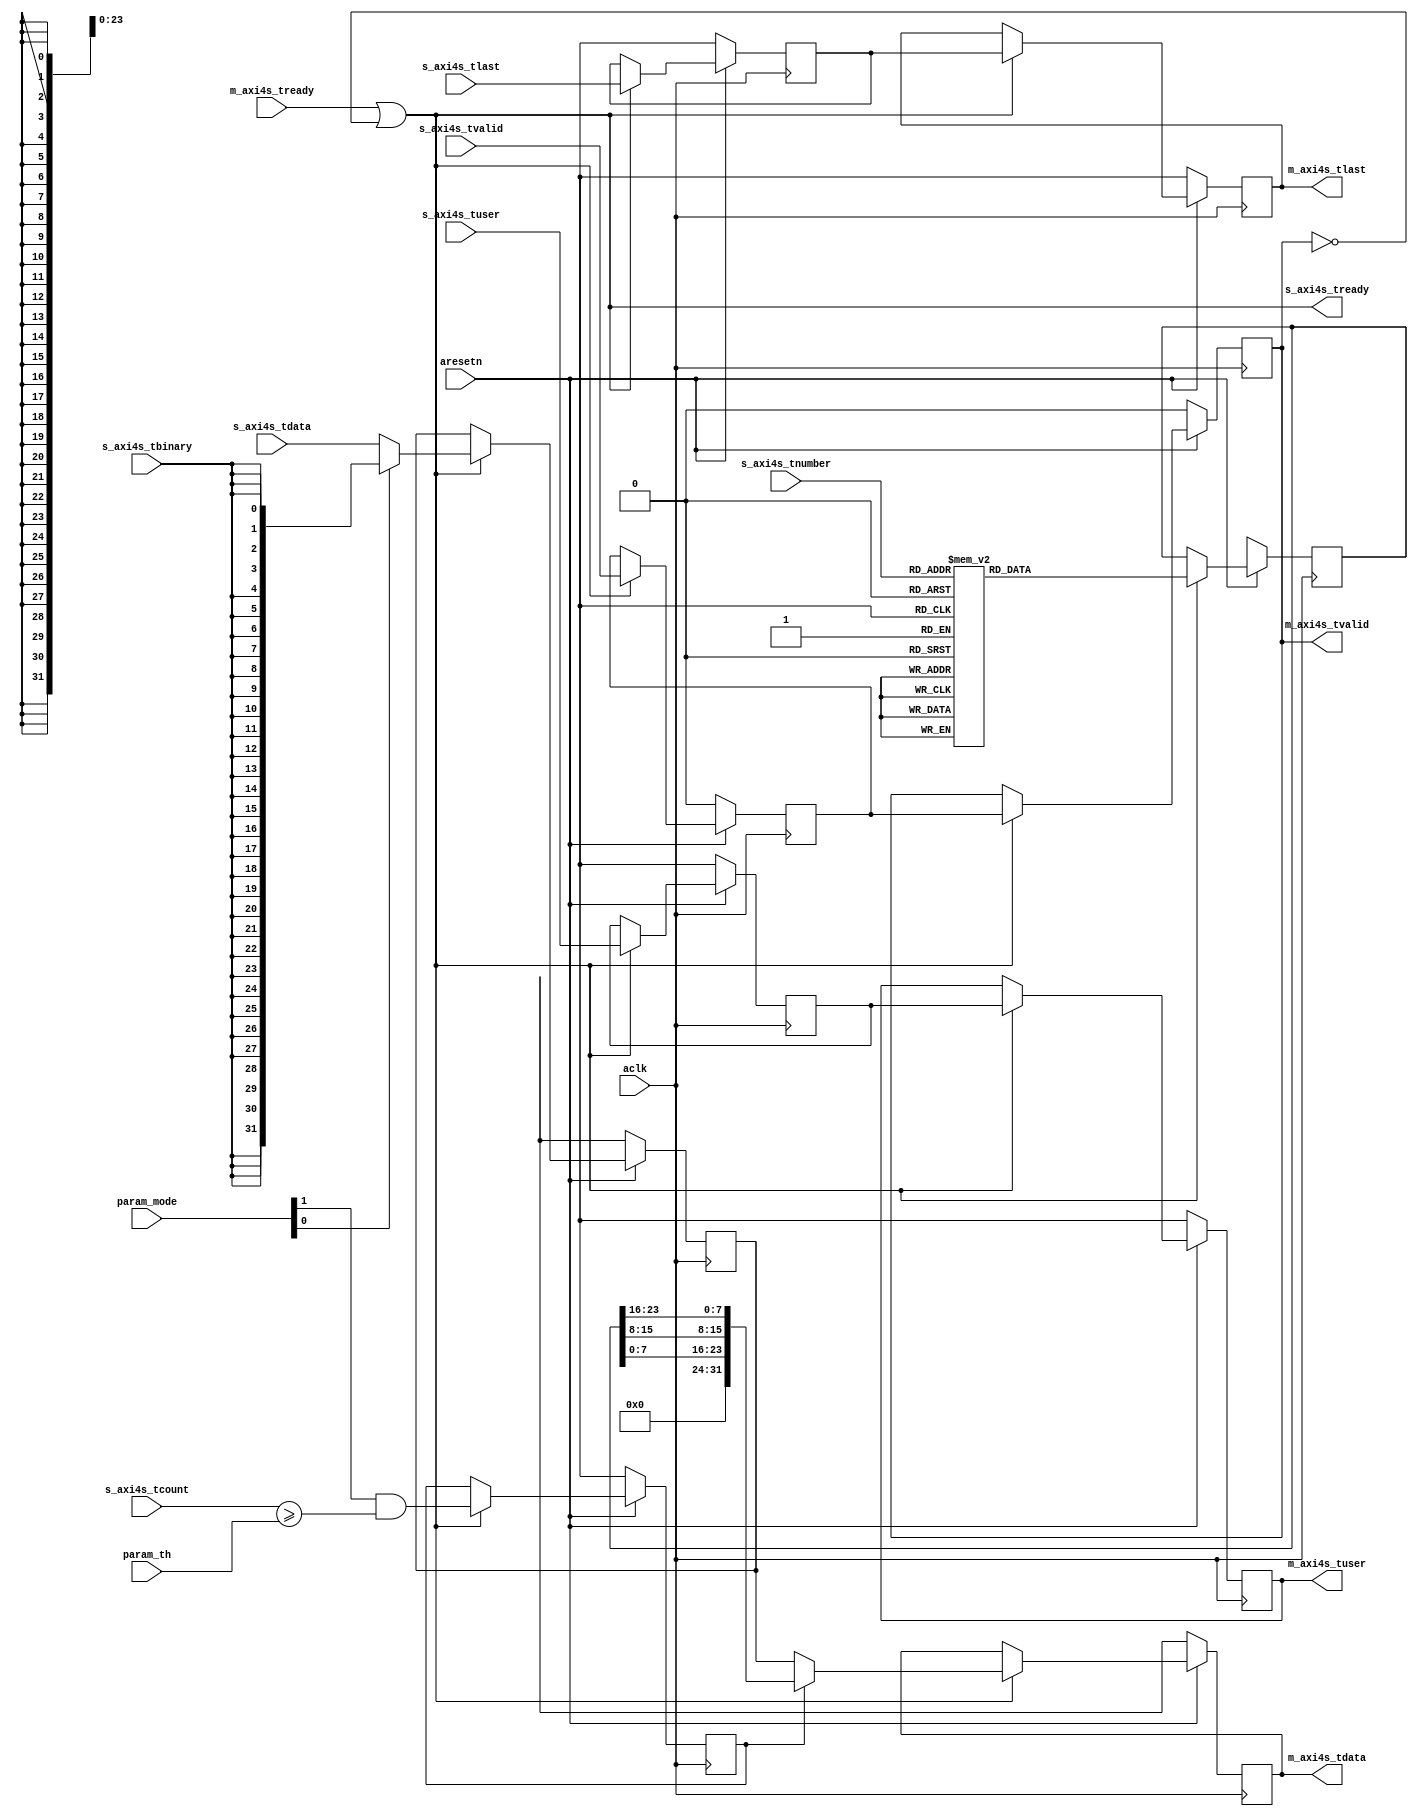
// This program was cloned from: https://github.com/ryuz/jelly
// License: MIT License

// ---------------------------------------------------------------------------
//  Jelly  -- the soft-core processor system
//   math
//
//                                 Copyright (C) 2008-2018 by Ryuz
//                                 https://github.com/ryuz/jelly.git
// ---------------------------------------------------------------------------



`timescale 1ns / 1ps
`default_nettype none


module video_mnist_color_core
		#(
			parameter	DATA_WIDTH  = 8,
			parameter	TUSER_WIDTH = 1,
			parameter	TDATA_WIDTH = 4*DATA_WIDTH
		)
		(
			input	wire						aresetn,
			input	wire						aclk,
			
			input	wire	[1:0]				param_mode,
			input	wire	[1:0]				param_th,
			
			input	wire	[TUSER_WIDTH-1:0]	s_axi4s_tuser,
			input	wire						s_axi4s_tlast,
			input	wire	[3:0]				s_axi4s_tnumber,
			input	wire	[1:0]				s_axi4s_tcount,
			input	wire	[TDATA_WIDTH-1:0]	s_axi4s_tdata,
			input	wire	[0:0]				s_axi4s_tbinary,
			input	wire						s_axi4s_tvalid,
			output	wire						s_axi4s_tready,
			
			output	wire	[TUSER_WIDTH-1:0]	m_axi4s_tuser,
			output	wire						m_axi4s_tlast,
			output	wire	[TDATA_WIDTH-1:0]	m_axi4s_tdata,
			output	wire						m_axi4s_tvalid,
			input	wire						m_axi4s_tready
		);
	
	
	reg		[TUSER_WIDTH-1:0]		st0_user;
	reg								st0_last;
	reg		[TDATA_WIDTH-1:0]		st0_data;
	reg								st0_en;
	reg		[23:0]					st0_color;
	reg								st0_valid;
	
	reg		[TUSER_WIDTH-1:0]		st1_user;
	reg								st1_last;
	reg		[TDATA_WIDTH-1:0]		st1_data;
	reg								st1_valid;
	
	always @(posedge aclk) begin
		if ( ~aresetn ) begin
			st0_user   <= {TUSER_WIDTH{1'bx}};
			st0_last   <= 1'bx;
			st0_data   <= {TDATA_WIDTH{1'bx}};
			st0_en     <= 1'bx;
			st0_color  <= 24'hxx_xx_xx;
			st0_valid  <= 1'b0;
			
			st1_user   <= {TUSER_WIDTH{1'bx}};
			st1_last   <= 1'bx;
			st1_data   <= {TDATA_WIDTH{1'bx}};
			st1_valid  <= 1'b0;
		end
		else if ( s_axi4s_tready ) begin
			st0_user   <= s_axi4s_tuser;
			st0_last   <= s_axi4s_tlast;
			st0_data   <= param_mode[0] ? {TDATA_WIDTH{s_axi4s_tbinary}} : s_axi4s_tdata;
			st0_en     <= (param_mode[1] && (s_axi4s_tcount >= param_th));
			case ( s_axi4s_tnumber )
			4'd0:		st0_color <= 24'h00_00_00;	// 
			4'd1:		st0_color <= 24'h00_00_80;	// 
			4'd2:		st0_color <= 24'h00_00_ff;	// 
			4'd3:		st0_color <= 24'h4c_b7_ff;	// 
			4'd4:		st0_color <= 24'h00_ff_ff;	// 
			4'd5:		st0_color <= 24'h00_80_00;	// 
			4'd6:		st0_color <= 24'hff_00_00;	// 
			4'd7:		st0_color <= 24'h80_00_80;	// 
			4'd8:		st0_color <= 24'h80_80_80;	// 
			4'd9:		st0_color <= 24'hff_ff_ff;	// 
			default:	st0_color <= 24'hxx_xx_xx;
			endcase
			st0_valid  <= s_axi4s_tvalid;
			
			st1_user   <= st0_user;
			st1_last   <= st0_last;
			st1_data   <= st0_data; // 24'h40_40_40;
			if ( st0_en ) begin
	//			st1_data[ 7: 0] <= (({1'b0, st0_data[ 7: 0]} + {1'b0, st0_color[ 7: 0]}) >> 1);
	//			st1_data[15: 8] <= (({1'b0, st0_data[15: 8]} + {1'b0, st0_color[15: 8]}) >> 1);
	//			st1_data[23:16] <= (({1'b0, st0_data[23:16]} + {1'b0, st0_color[23:16]}) >> 1);
	//			st1_data <= st0_color;
				st1_data <= {st0_color[7:0], st0_color[15:8], st0_color[23:16]};
			end
			st1_valid  <= st0_valid;
		end
	end
	
	assign s_axi4s_tready = (m_axi4s_tready || !m_axi4s_tvalid);
	
	assign m_axi4s_tuser  = st1_user;
	assign m_axi4s_tlast  = st1_last;
	assign m_axi4s_tdata  = st1_data;
	assign m_axi4s_tvalid = st1_valid;
	
endmodule



`default_nettype wire



// end of file